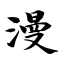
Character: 漫